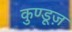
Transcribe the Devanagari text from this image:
कुण्डूज़